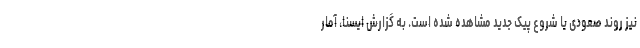
نیز روند صعودی یا شروع پیک جدید مشاهده شده است. به گزارش ایسنا، آمار